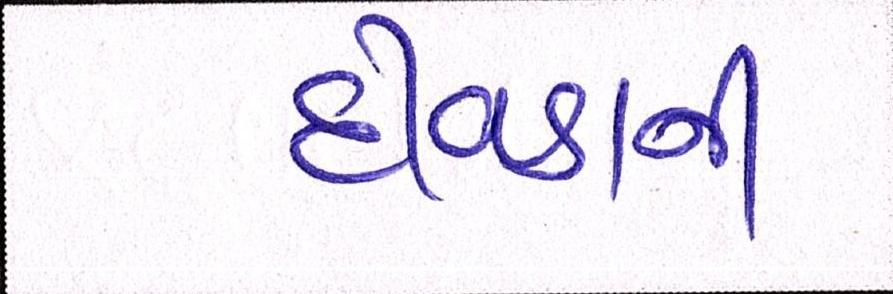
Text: દીવડાની